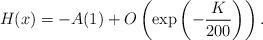
LaTeX: \begin{align*}H(x)=-A(1)+O\left(\exp\left(-\frac{K}{200}\right)\right).\end{align*}